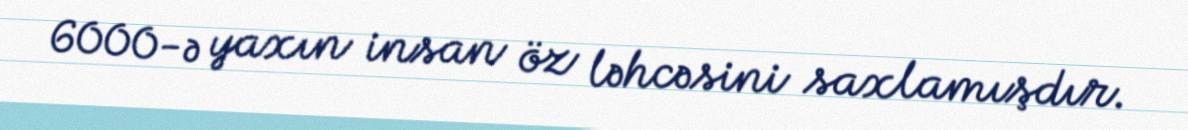
6000-ə yaxın insan öz ləhcəsini saxlamışdır.